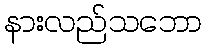
နားလည်သဘော